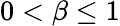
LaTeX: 0<\beta\leq 1